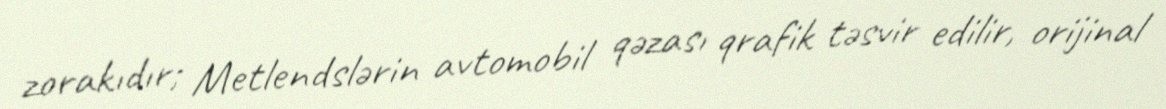
zorakıdır; Metlendslərin avtomobil qəzası qrafik təsvir edilir, orijinal